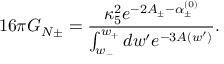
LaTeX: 1 6 \pi G _ { N \pm } = \frac { \kappa _ { 5 } ^ { 2 } e ^ { - 2 A _ { \pm } - \alpha _ { \pm } ^ { ( 0 ) } } } { \int _ { w _ { - } } ^ { w _ { + } } d w ^ { \prime } e ^ { - 3 A ( w ^ { \prime } ) } } .